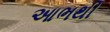
આભથી